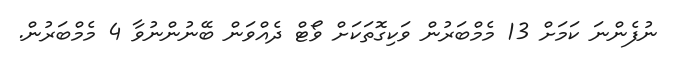
ނުފެންނަ ކަމަށް 13 މެމްބަރުން ވަކިގޮތަކަށް ވޯޓް ދެއްވަން ބޭނުންނުވާ 4 މެމްބަރުން.